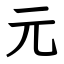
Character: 元